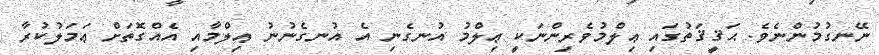
ނޭނގުމުންނެވެ. ޙަޤީޤަތުގައި ޢިލްމުވެރިންނަކީ ޢިލްމު އުނގެނި އެ އުނގެނުނު ޢިލްމާއި އެއްގޮތަށް ޢަމަލުކުރާ